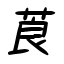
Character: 莨